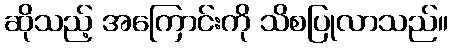
ဆိုသည့် အကြောင်းကို သိစပြုလာသည်။